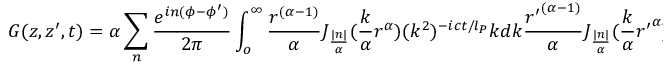
G ( z , z ^ { \prime } , t ) = \alpha \sum _ { n } \frac { e ^ { i n ( \phi - \phi ^ { \prime } ) } } { 2 \pi } \int _ { o } ^ { \infty } \frac { r ^ { ( \alpha - 1 ) } } { \alpha } J _ { \frac { | n | } { \alpha } } ( \frac { k } { \alpha } r ^ { \alpha } ) ( k ^ { 2 } ) ^ { - i c t / l _ { P } } k d k \frac { { r ^ { \prime } } ^ { ( \alpha - 1 ) } } { \alpha } J _ { \frac { | n | } { \alpha } } ( \frac { k } { \alpha } { r ^ { \prime } } ^ { \alpha } ) .